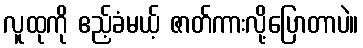
လူထုကို ဧည့်ခံမယ့် ဇာတ်ကားလို့ပြောတာပဲ။